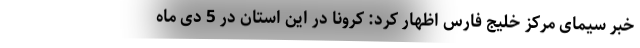
خبر سیمای مرکز خلیج فارس اظهار کرد: کرونا در این استان در 5 دی ماه